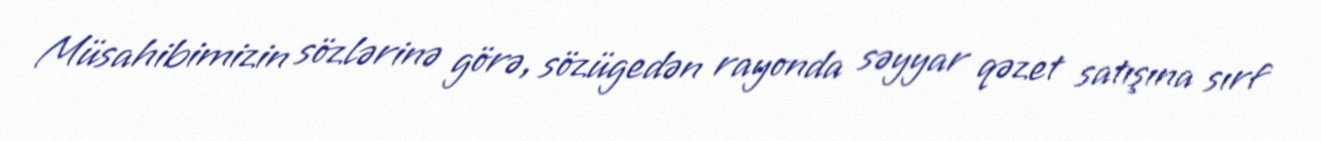
Müsahibimizin sözlərinə görə, sözügedən rayonda səyyar qəzet satışına sırf